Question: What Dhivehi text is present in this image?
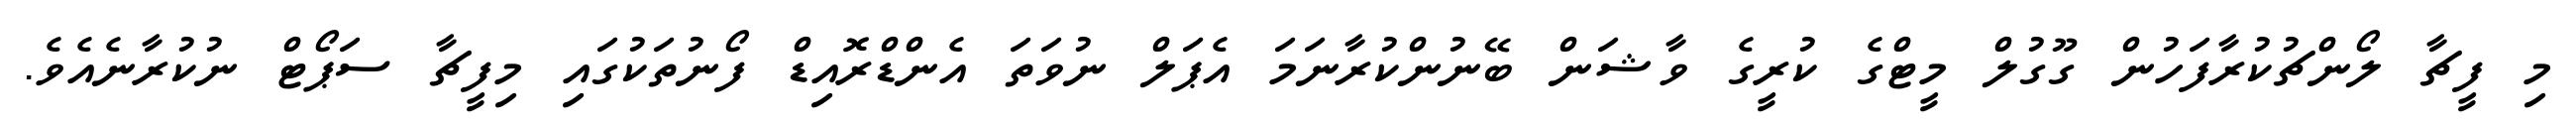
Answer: މި ފީޗާ ލޯންޗުކުރާފަހުން ގޫގުލް މީޓްގެ ކުރީގެ ވާޝަން ބޭނުންކުރާނަމަ އެޕަލް ނުވަތަ އެންޑްރޮއިޑް ފޯނުތަކުގައި މިފީޗާ ސަޕޯޓް ނުކުރާނެއެވެ.